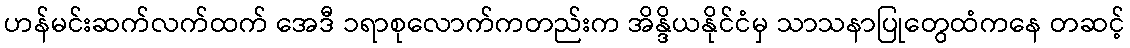
ဟန်မင်းဆက်လက်ထက် အေဒီ ၁ရာစုလောက်ကတည်းက အိန္ဒိယနိုင်ငံမှ သာသနာပြုတွေထံကနေ တဆင့်